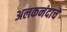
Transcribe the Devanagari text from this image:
अलकनंदाचे